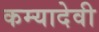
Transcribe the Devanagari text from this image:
कम्यादेवी